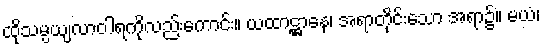
ထိုသမ္ပယျလာဝါရကိုလည်းကောင်း။ ယထာဋ္ဌာနေ၊ အရာတိုင်းသော အရာ၌။ မယံ၊